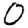
Digit: 0